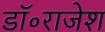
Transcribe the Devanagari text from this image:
डॉ॰राजेश